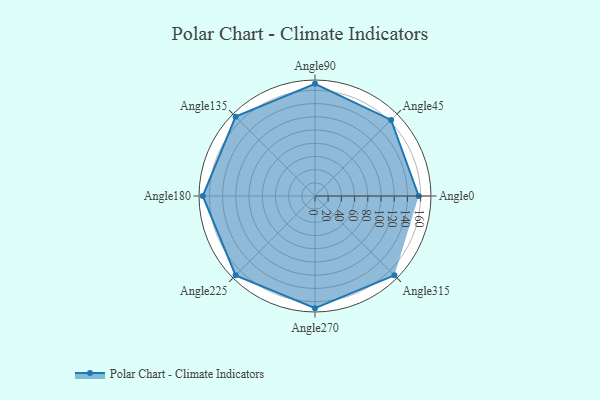
{"axis": {"x": "Angle", "y": "Radius"}, "legend": [""], "data": [{"x": "Angle0", "y": 157.0, "type": ""}, {"x": "Angle45", "y": 163.0, "type": ""}, {"x": "Angle90", "y": 170, "type": ""}, {"x": "Angle135", "y": 170, "type": ""}, {"x": "Angle180", "y": 170, "type": ""}, {"x": "Angle225", "y": 170, "type": ""}, {"x": "Angle270", "y": 170, "type": ""}, {"x": "Angle315", "y": 170, "type": ""}]}